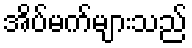
အိပ်မက်များသည်